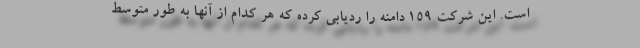
است. این شرکت ۱۵۹ دامنه را ردیابی کرده که هر کدام از آنها به طور متوسط